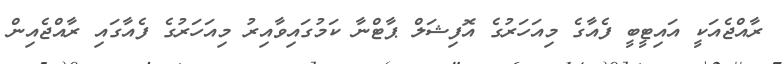
ރާއްޖެއަކީ އައިޓީބީ ފެއާގެ މިއަހަރުގެ އޮފިޝަލް ޕާޓްނާ ކަމުގައިވާއިރު މިއަހަރުގެ ފެއާގައި ރާއްޖެއިން